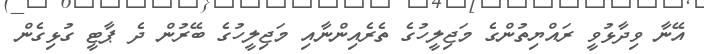
އޭނާ ވިދާޅުވީ ރައްޔިތުންގެ މަޖިލީހުގެ ތެރެއިންނާއި މަޖިލީހުގެ ބޭރުން ދެ ޕާޓީ ގުޅިގެން